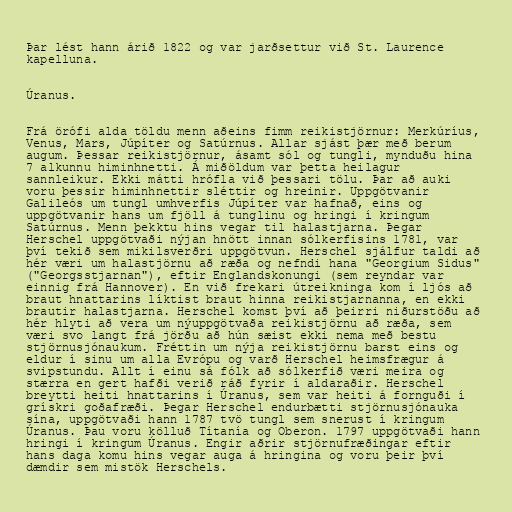
Þar lést hann árið 1822 og var jarðsettur við St. Laurence
kapelluna.

Úranus.

Frá örófi alda töldu menn aðeins fimm reikistjörnur: Merkúríus,
Venus, Mars, Júpíter og Satúrnus. Allar sjást þær með berum
augum. Þessar reikistjörnur, ásamt sól og tungli, mynduðu hina
7 alkunnu himinhnetti. Á miðöldum var þetta heilagur
sannleikur. Ekki mátti hrófla við þessari tölu. Þar að auki
voru þessir himinhnettir sléttir og hreinir. Uppgötvanir
Galileós um tungl umhverfis Júpíter var hafnað, eins og
uppgötvanir hans um fjöll á tunglinu og hringi í kringum
Satúrnus. Menn þekktu hins vegar til halastjarna. Þegar
Herschel uppgötvaði nýjan hnött innan sólkerfisins 1781, var
því tekið sem mikilsverðri uppgötvun. Herschel sjálfur taldi að
hér væri um halastjörnu að ræða og nefndi hana "Georgium Sidus"
("Georgsstjarnan"), eftir Englandskonungi (sem reyndar var
einnig frá Hannover). En við frekari útreikninga kom í ljós að
braut hnattarins líktist braut hinna reikistjarnanna, en ekki
brautir halastjarna. Herschel komst því að þeirri niðurstöðu að
hér hlyti að vera um nýuppgötvaða reikistjörnu að ræða, sem
væri svo langt frá jörðu að hún sæist ekki nema með bestu
stjörnusjónaukum. Fréttin um nýja reikistjörnu barst eins og
eldur í sinu um alla Evrópu og varð Herschel heimsfrægur á
svipstundu. Allt í einu sá fólk að sólkerfið væri meira og
stærra en gert hafði verið ráð fyrir í aldaraðir. Herschel
breytti heiti hnattarins í Úranus, sem var heiti á fornguði í
grískri goðafræði. Þegar Herschel endurbætti stjörnusjónauka
sína, uppgötvaði hann 1787 tvö tungl sem snerust í kringum
Úranus. Þau voru kölluð Títanía og Oberon. 1797 uppgötvaði hann
hringi í kringum Úranus. Engir aðrir stjörnufræðingar eftir
hans daga komu hins vegar auga á hringina og voru þeir því
dæmdir sem mistök Herschels.